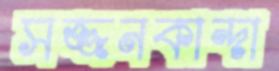
সজ্জনকান্দা